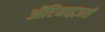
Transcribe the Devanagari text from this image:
ऑप्टिमाइज़र्स